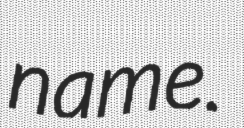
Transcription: name.